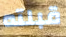
قبلته